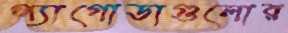
প্যাগোডাগুলোর